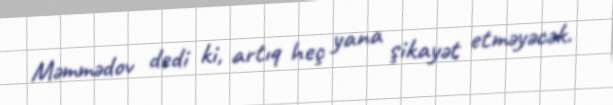
Məmmədov dedi ki, artıq heç yana şikayət etməyəcək.